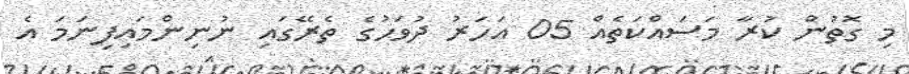
މި ގޮތުން ކުރާ މަސައްކަތެއް 05 އަހަރު ދުވަހުގެ ތެރޭގައި ނުނިންމައިފިނަމަ އެ